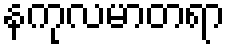
နကုလမာတရာ